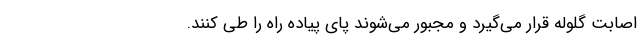
اصابت گلوله قرار می‌گیرد و مجبور می‌شوند پای پیاده راه را طی کنند.